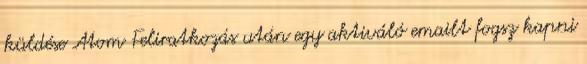
küldése Atom Feliratkozás után egy aktiváló emailt fogsz kapni